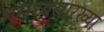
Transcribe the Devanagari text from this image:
भूमध्यसारख्या